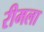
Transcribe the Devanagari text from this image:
रीमला